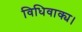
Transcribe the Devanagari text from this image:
विधिवाक्य।